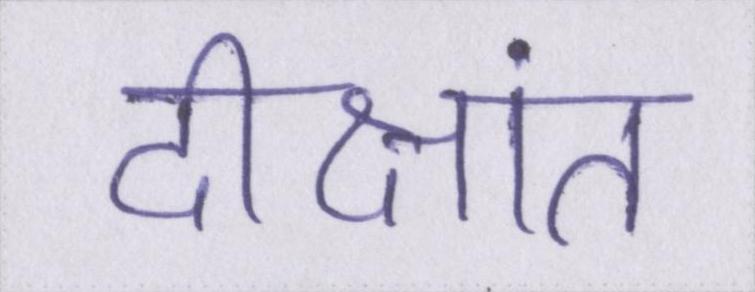
दीक्षांत